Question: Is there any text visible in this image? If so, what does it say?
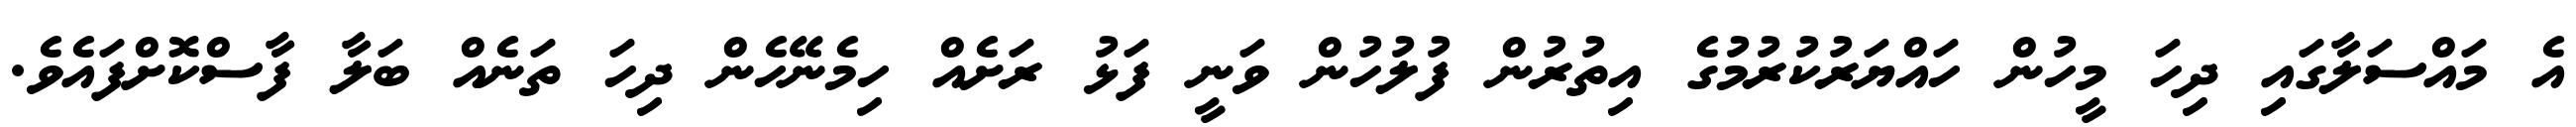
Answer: އެ މައްސަލާގައި ދިހަ މީހުން ހައްޔަރުކުރުމުގެ އިތުރުން ފުލުހުން ވަނީ ފަޅު ރަށެއް ހިމެނޭހެން ދިހަ ތަނެއް ބަލާ ފާސްކޮށްފައެވެ.